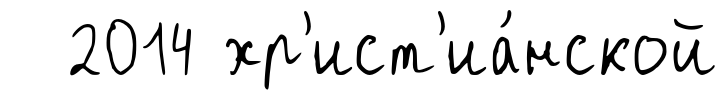
2014 хр'ист'иа́нской